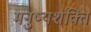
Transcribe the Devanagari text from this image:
मनुष्यशक्ति